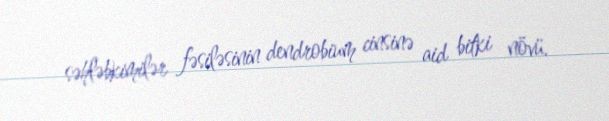
səhləbkimilər fəsiləsinin dendrobium cinsinə aid bitki növü.